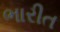
ભારીત